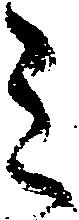
ミ